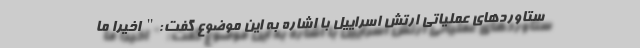
ستاوردهای عملیاتی ارتش اسراییل با اشاره به این موضوع گفت:" اخیرا ما